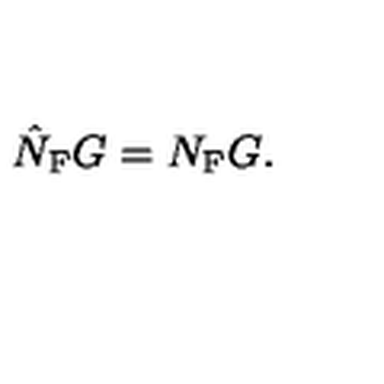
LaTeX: \hat { N } _ { \mathrm { F } } G = N _ { \mathrm { F } } G .